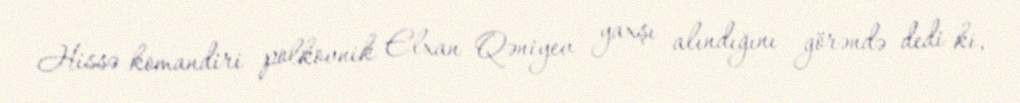
Hissə komandiri polkovnik Elxan Qəniyev yaxşı alındığını görəndə dedi ki,